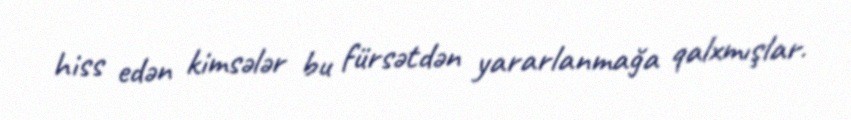
hiss edən kimsələr bu fürsətdən yararlanmağa qalxmışlar.